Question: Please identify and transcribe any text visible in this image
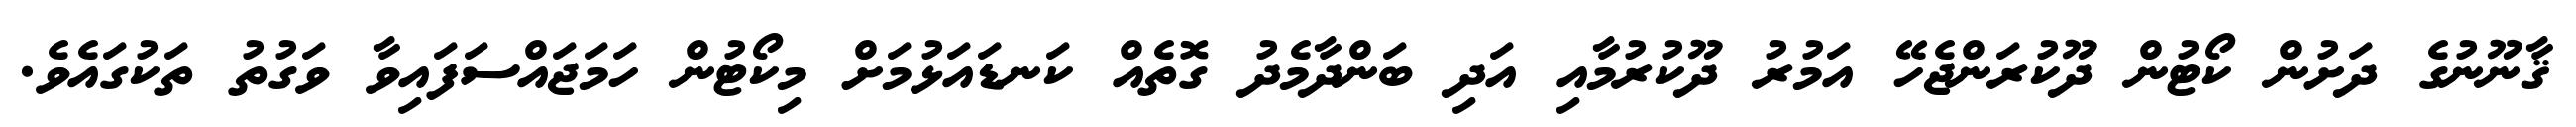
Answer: ޤާނޫނުގެ ދަށުން ކޯޓުން ދޫކުރަންޖެހޭ އަމުރު ދޫކުރުމާއި އަދި ބަންދާމެދު ގޮތެއް ކަނޑައަޅުމަށް މިކޯޓުން ހަމަޖައްސަފައިވާ ވަގުތު ތަކުގައެވެ.